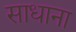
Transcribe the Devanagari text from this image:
साधाना